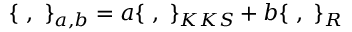
\{ \, \, , \, \, \} _ { a , b } = a \{ \, \, , \, \, \} _ { K K S } + b \{ \, \, , \, \, \} _ { R }